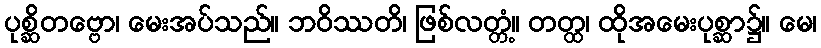
ပုစ္ဆိတဗ္ဗော၊ မေးအပ်သည်။ ဘဝိဿတိ၊ ဖြစ်လတ္တံ့။ တတ္ထ၊ ထိုအမေးပုစ္ဆာ၌။ မေ၊